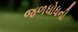
જળધોધની